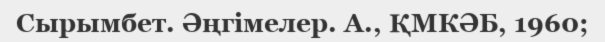
Сырымбет. Әңгімелер. А., ҚМКӘБ, 1960;